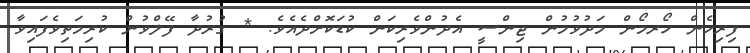
ފިރިހެން ހޯރމޯން މަދުވުމުން ޖިންސީ އެދުންވެރިކަން ކުޑަކޮށްދެއެވެ. * ގުރުދާ ފޭލްވުން ކުރިމަތިވެފައިވާ